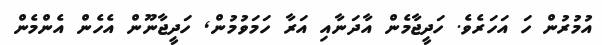
އުމުރުން ހަ އަހަރެވެ. ހަދީޖާމެން އާދަނާއި އަރާ ހަމަވުމުން